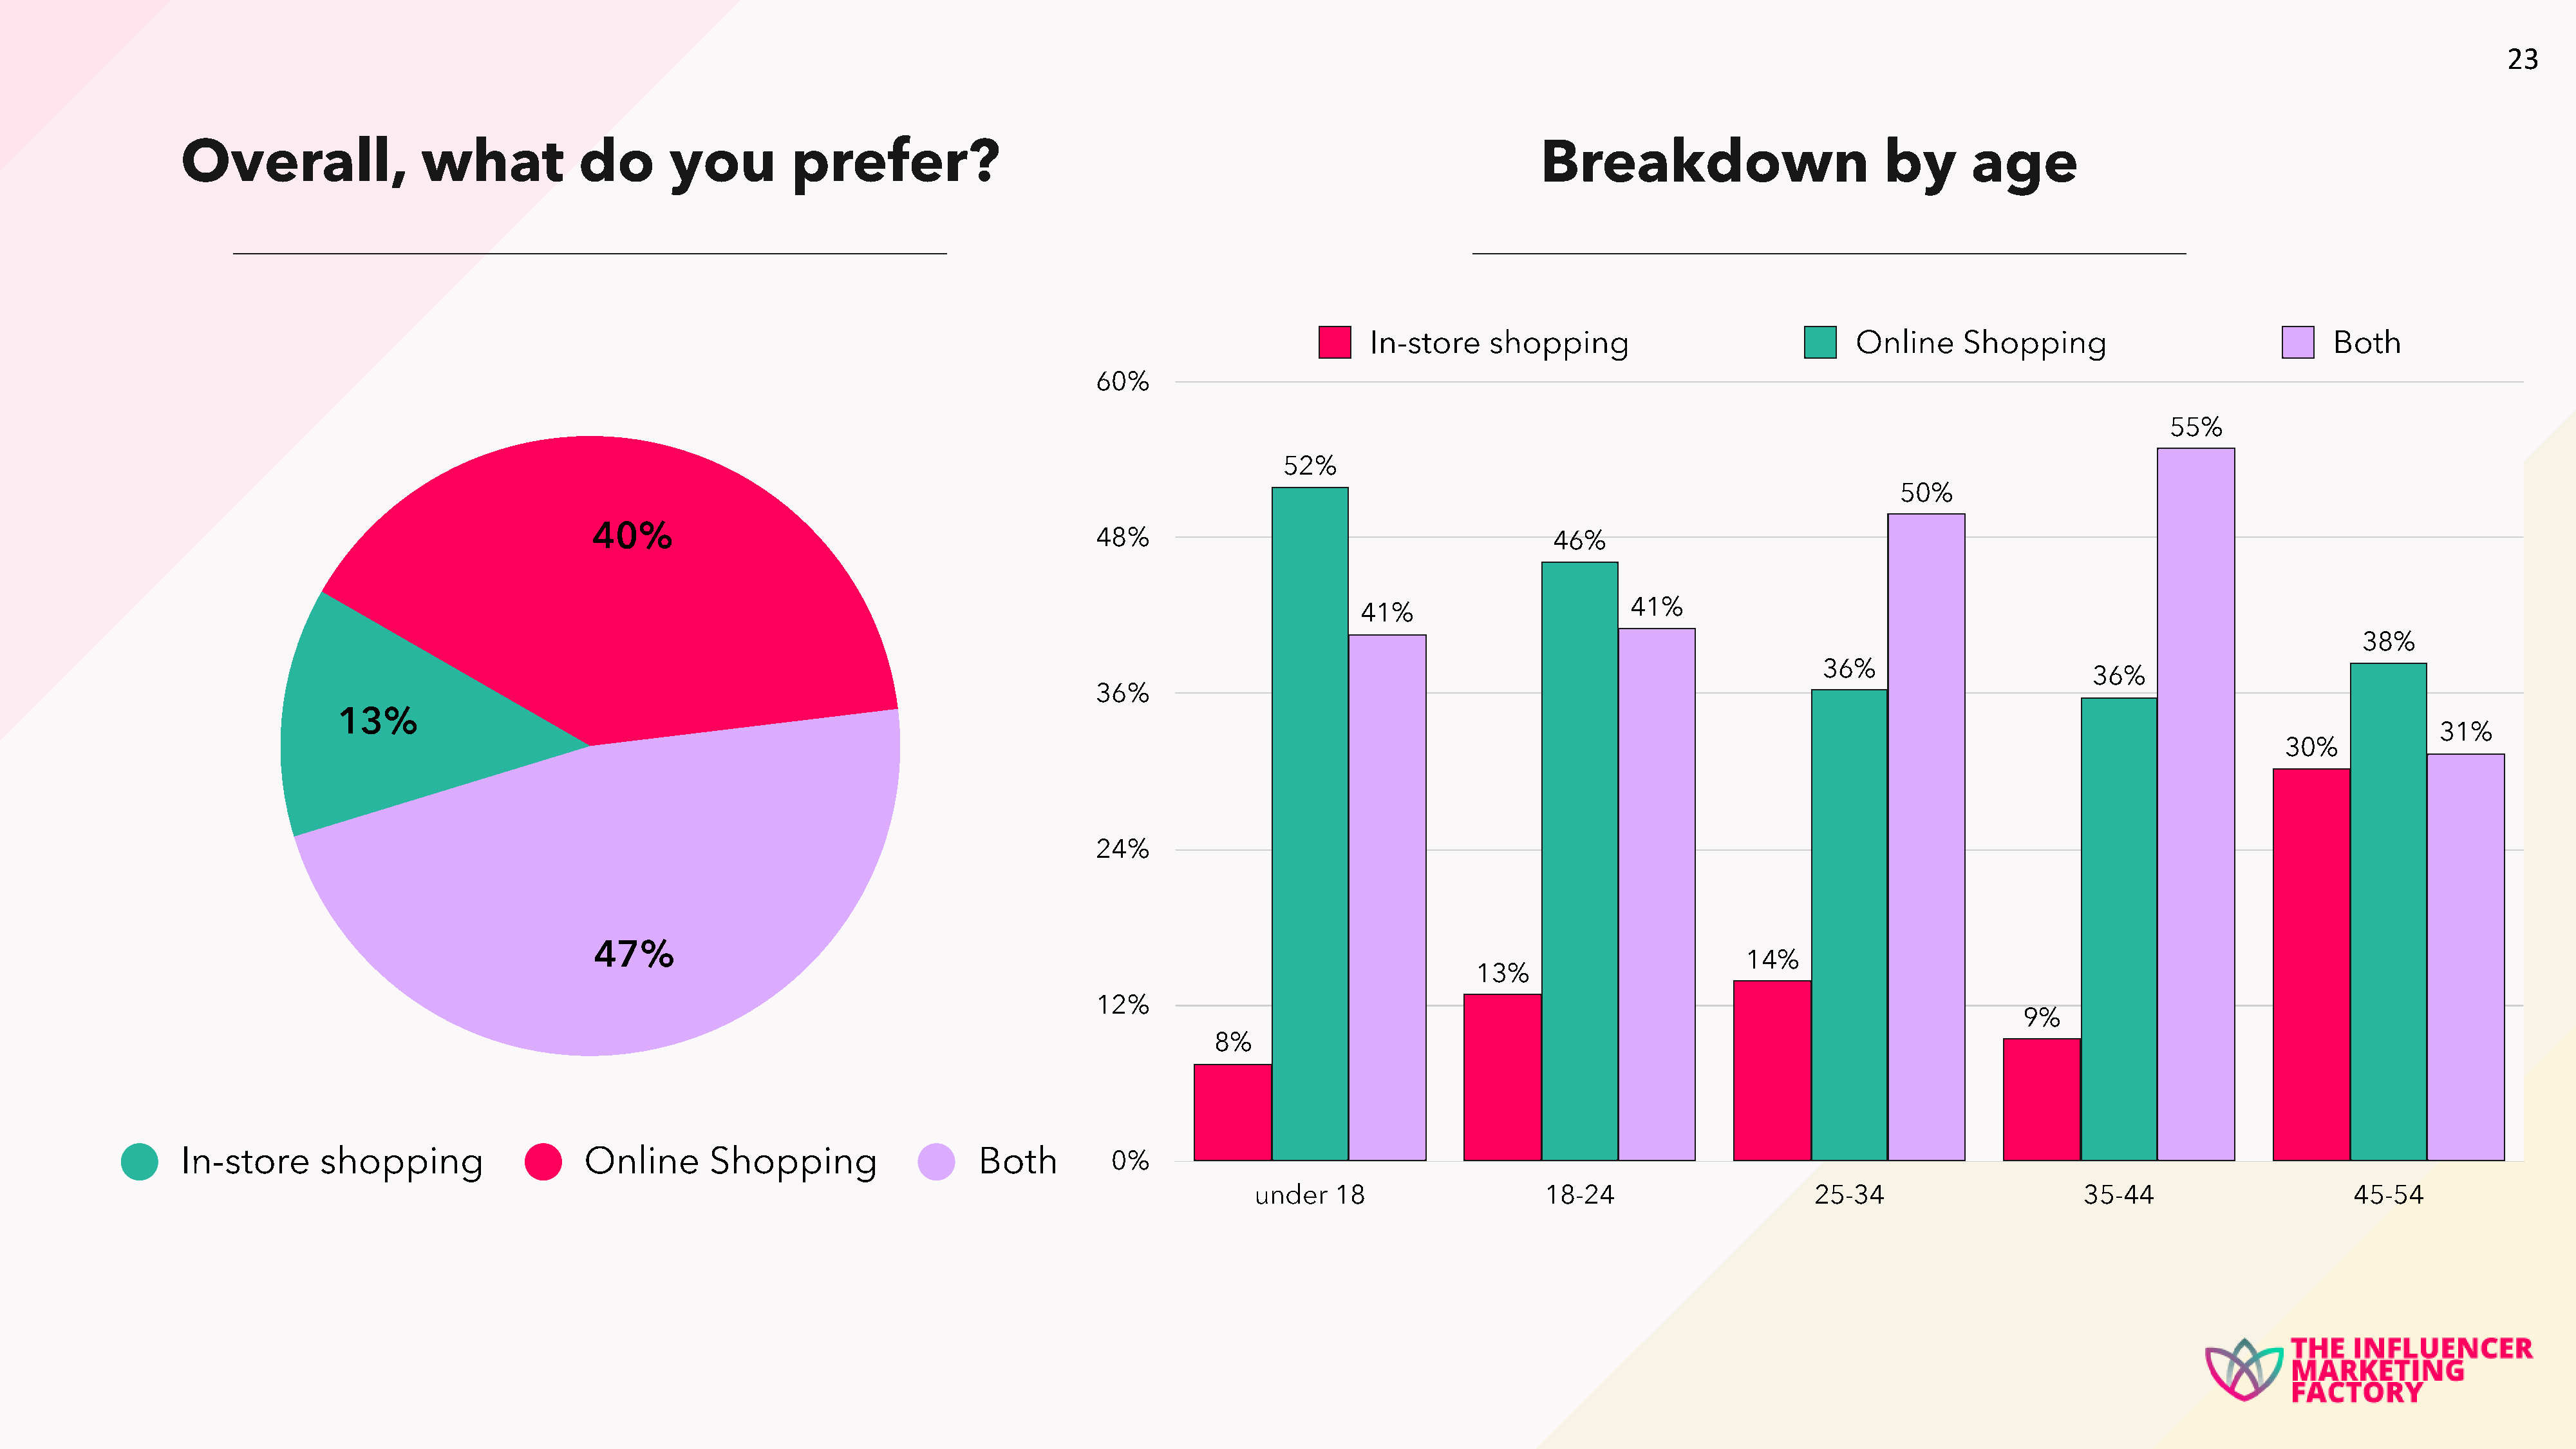
23
 Overall,                what            do        you         prefer?                                                                      Breakdown                           by       age
 In-store    shopping                              Online     Shopping                              Both
 60%
 55%
 52%
 50%
 40%
 48%                                            46%
 41%
 41%
 38%
 36%
 36%
 36%
 13%
 31%
 30%
 24%
 47%
 14%
 13%
 12%
 9%
 8%
 In-store      shopping                   Online       Shopping                    Both         0%
 under   18                    18-24                      25-34                       35-44                       45-54